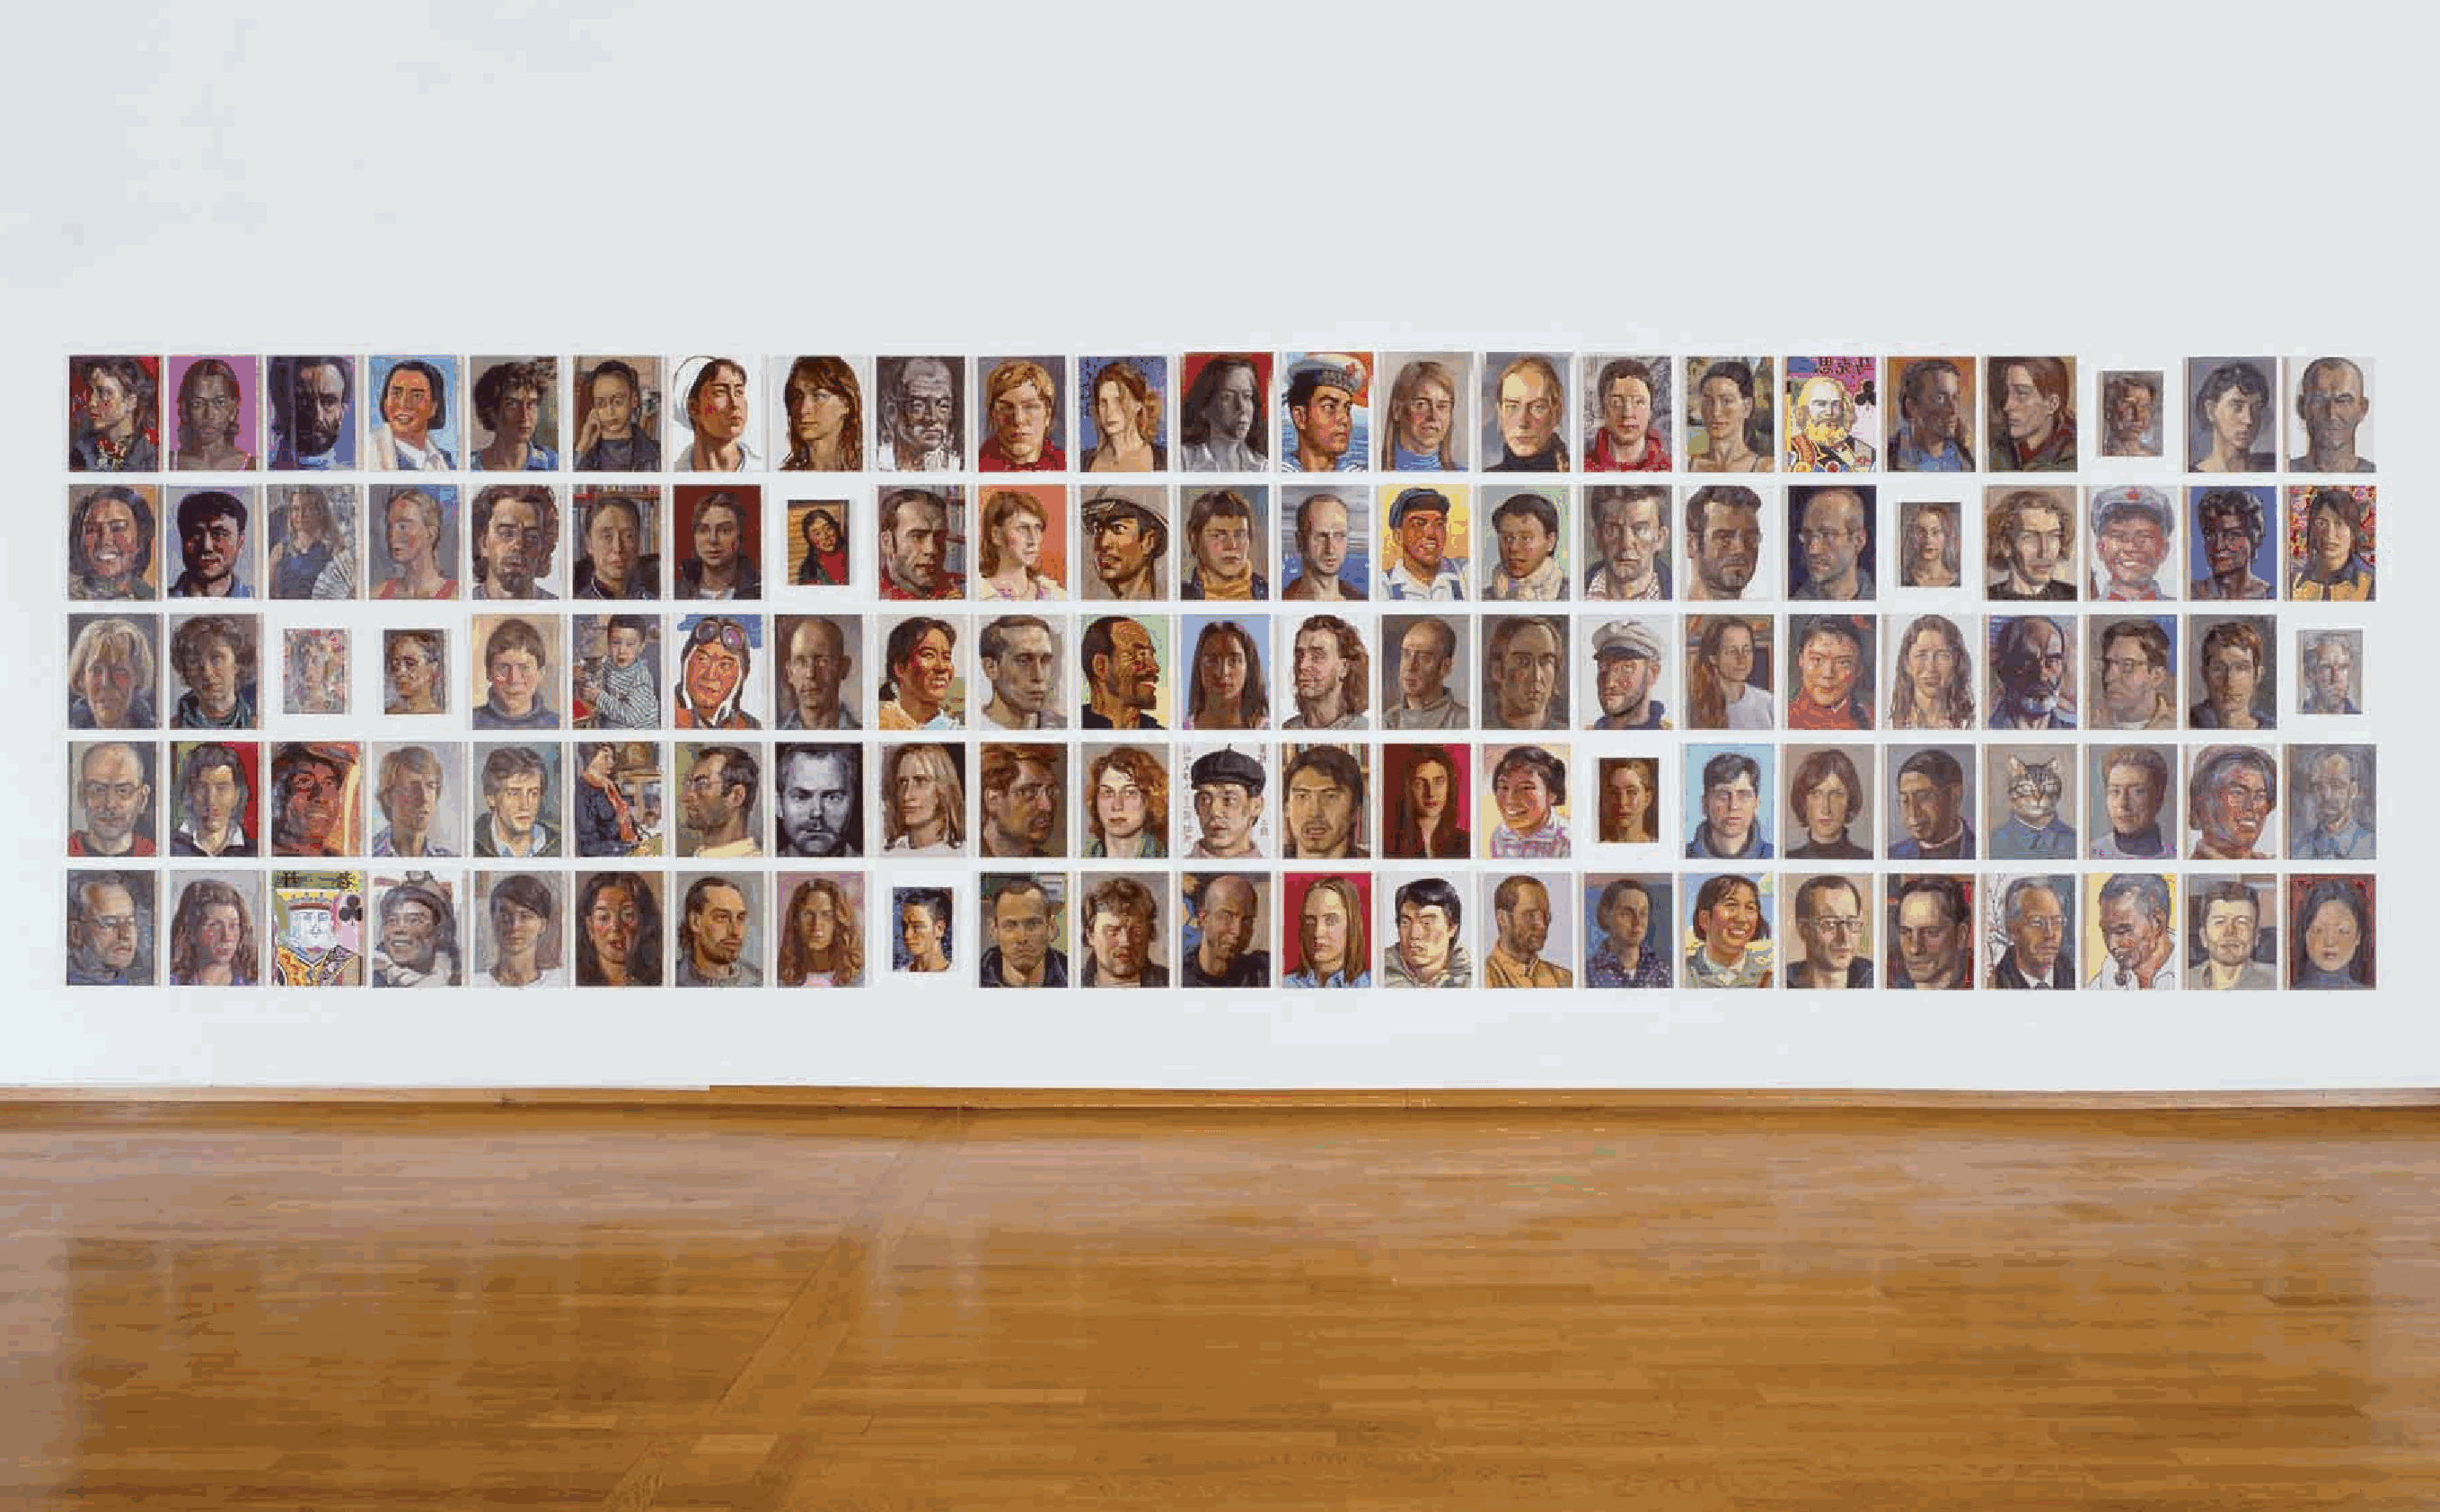
56                                                                                                                                                       57